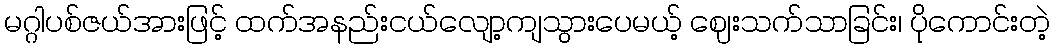
မဂ္ဂါပစ်ဇယ်အားဖြင့် ထက်အနည်းငယ်လျော့ကျသွားပေမယ့် ဈေးသက်သာခြင်း၊ ပိုကောင်းတဲ့